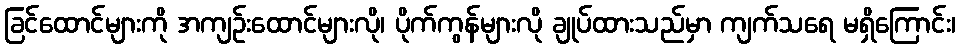
ခြင်ထောင်များကို အကျဉ်းထောင်များလို၊ ပိုက်ကွန်များလို ချုပ်ထားသည်မှာ ကျက်သရေ မရှိကြောင်း၊